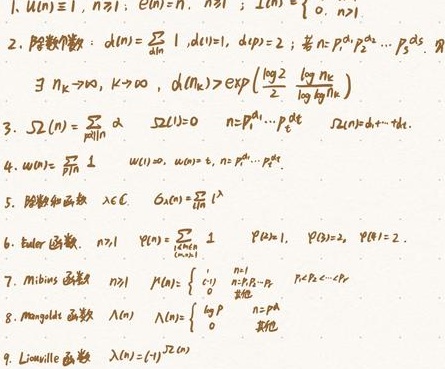
1. $\mathbf{1}_{U}(n)\equiv1,n\in U;\ \mathbf{1}_{U}(n)=0,n\notin U;\ \mathbf{1}_{U}(n)=\begin{cases}1,n\in U\\0,n\notin U\end{cases}$
2. 除数个数：$d(n)=\sum_{d|n}1,d(1)=1,d(p)=2$；若$n = p_{1}^{a_{1}}p_{2}^{a_{2}}\cdots p_{s}^{a_{s}}$，$\exists n_{k}\to\infty,k\to\infty,d(n_{k})\geq\exp\left(\frac{\log2}{2}\frac{\log n_{k}}{\log\log n_{k}}\right)$
3. $\Omega(n)=\sum_{p|n}\alpha,\Omega(1)=0,n = p_{1}^{a_{1}}\cdots p_{k}^{a_{k}},\Omega(n)=a_{1}+\cdots +a_{k}$
4. $w(n)=\prod_{p|n}1,w(1)=1,w(p)=1,n = p_{1}^{a_{1}}\cdots p_{k}^{a_{k}}$
5. 除数和函数：$\sigma_{\lambda}(n)=\sum_{d|n}d^{\lambda},\lambda\in\mathbb{C}$
6. Euler函数：$n\geq1,\varphi(n)=\sum_{\substack{1\leq k\leq n\\(k,n)=1}}1,\varphi(p)=p - 1,\varphi(p^{2})=p(p - 1),\varphi(1)=1$
7. M\"{o}bius函数：$n\geq1,\mu(n)=\begin{cases}1&n = 1\\(-1)^{r}&n=p_{1}\cdots p_{r},p_{1}<\cdots <p_{r}\\0&\text{其他}\end{cases}$
8. Mangoldt函数：$\Lambda(n)=\begin{cases}\log p&n = p^{k}\\0&\text{其他}\end{cases}$
9. Liouville函数：$\lambda(n)=(-1)^{\Omega(n)}$